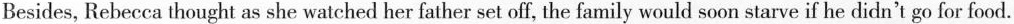
Besides, Rebecca thought as she watched her father set off, the family would soon starve if he didn't go for food.